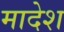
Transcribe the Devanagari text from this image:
मादेश